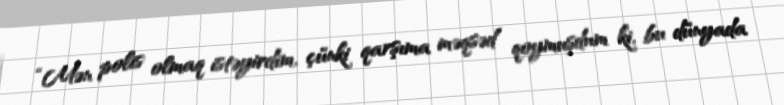
“Mən polis olmaq istəyirdim, çünki qarşıma məqsəd qoymuşdum ki, bu dünyada